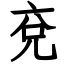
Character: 兗